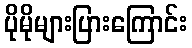
ပိုမိုများပြားကြောင်း